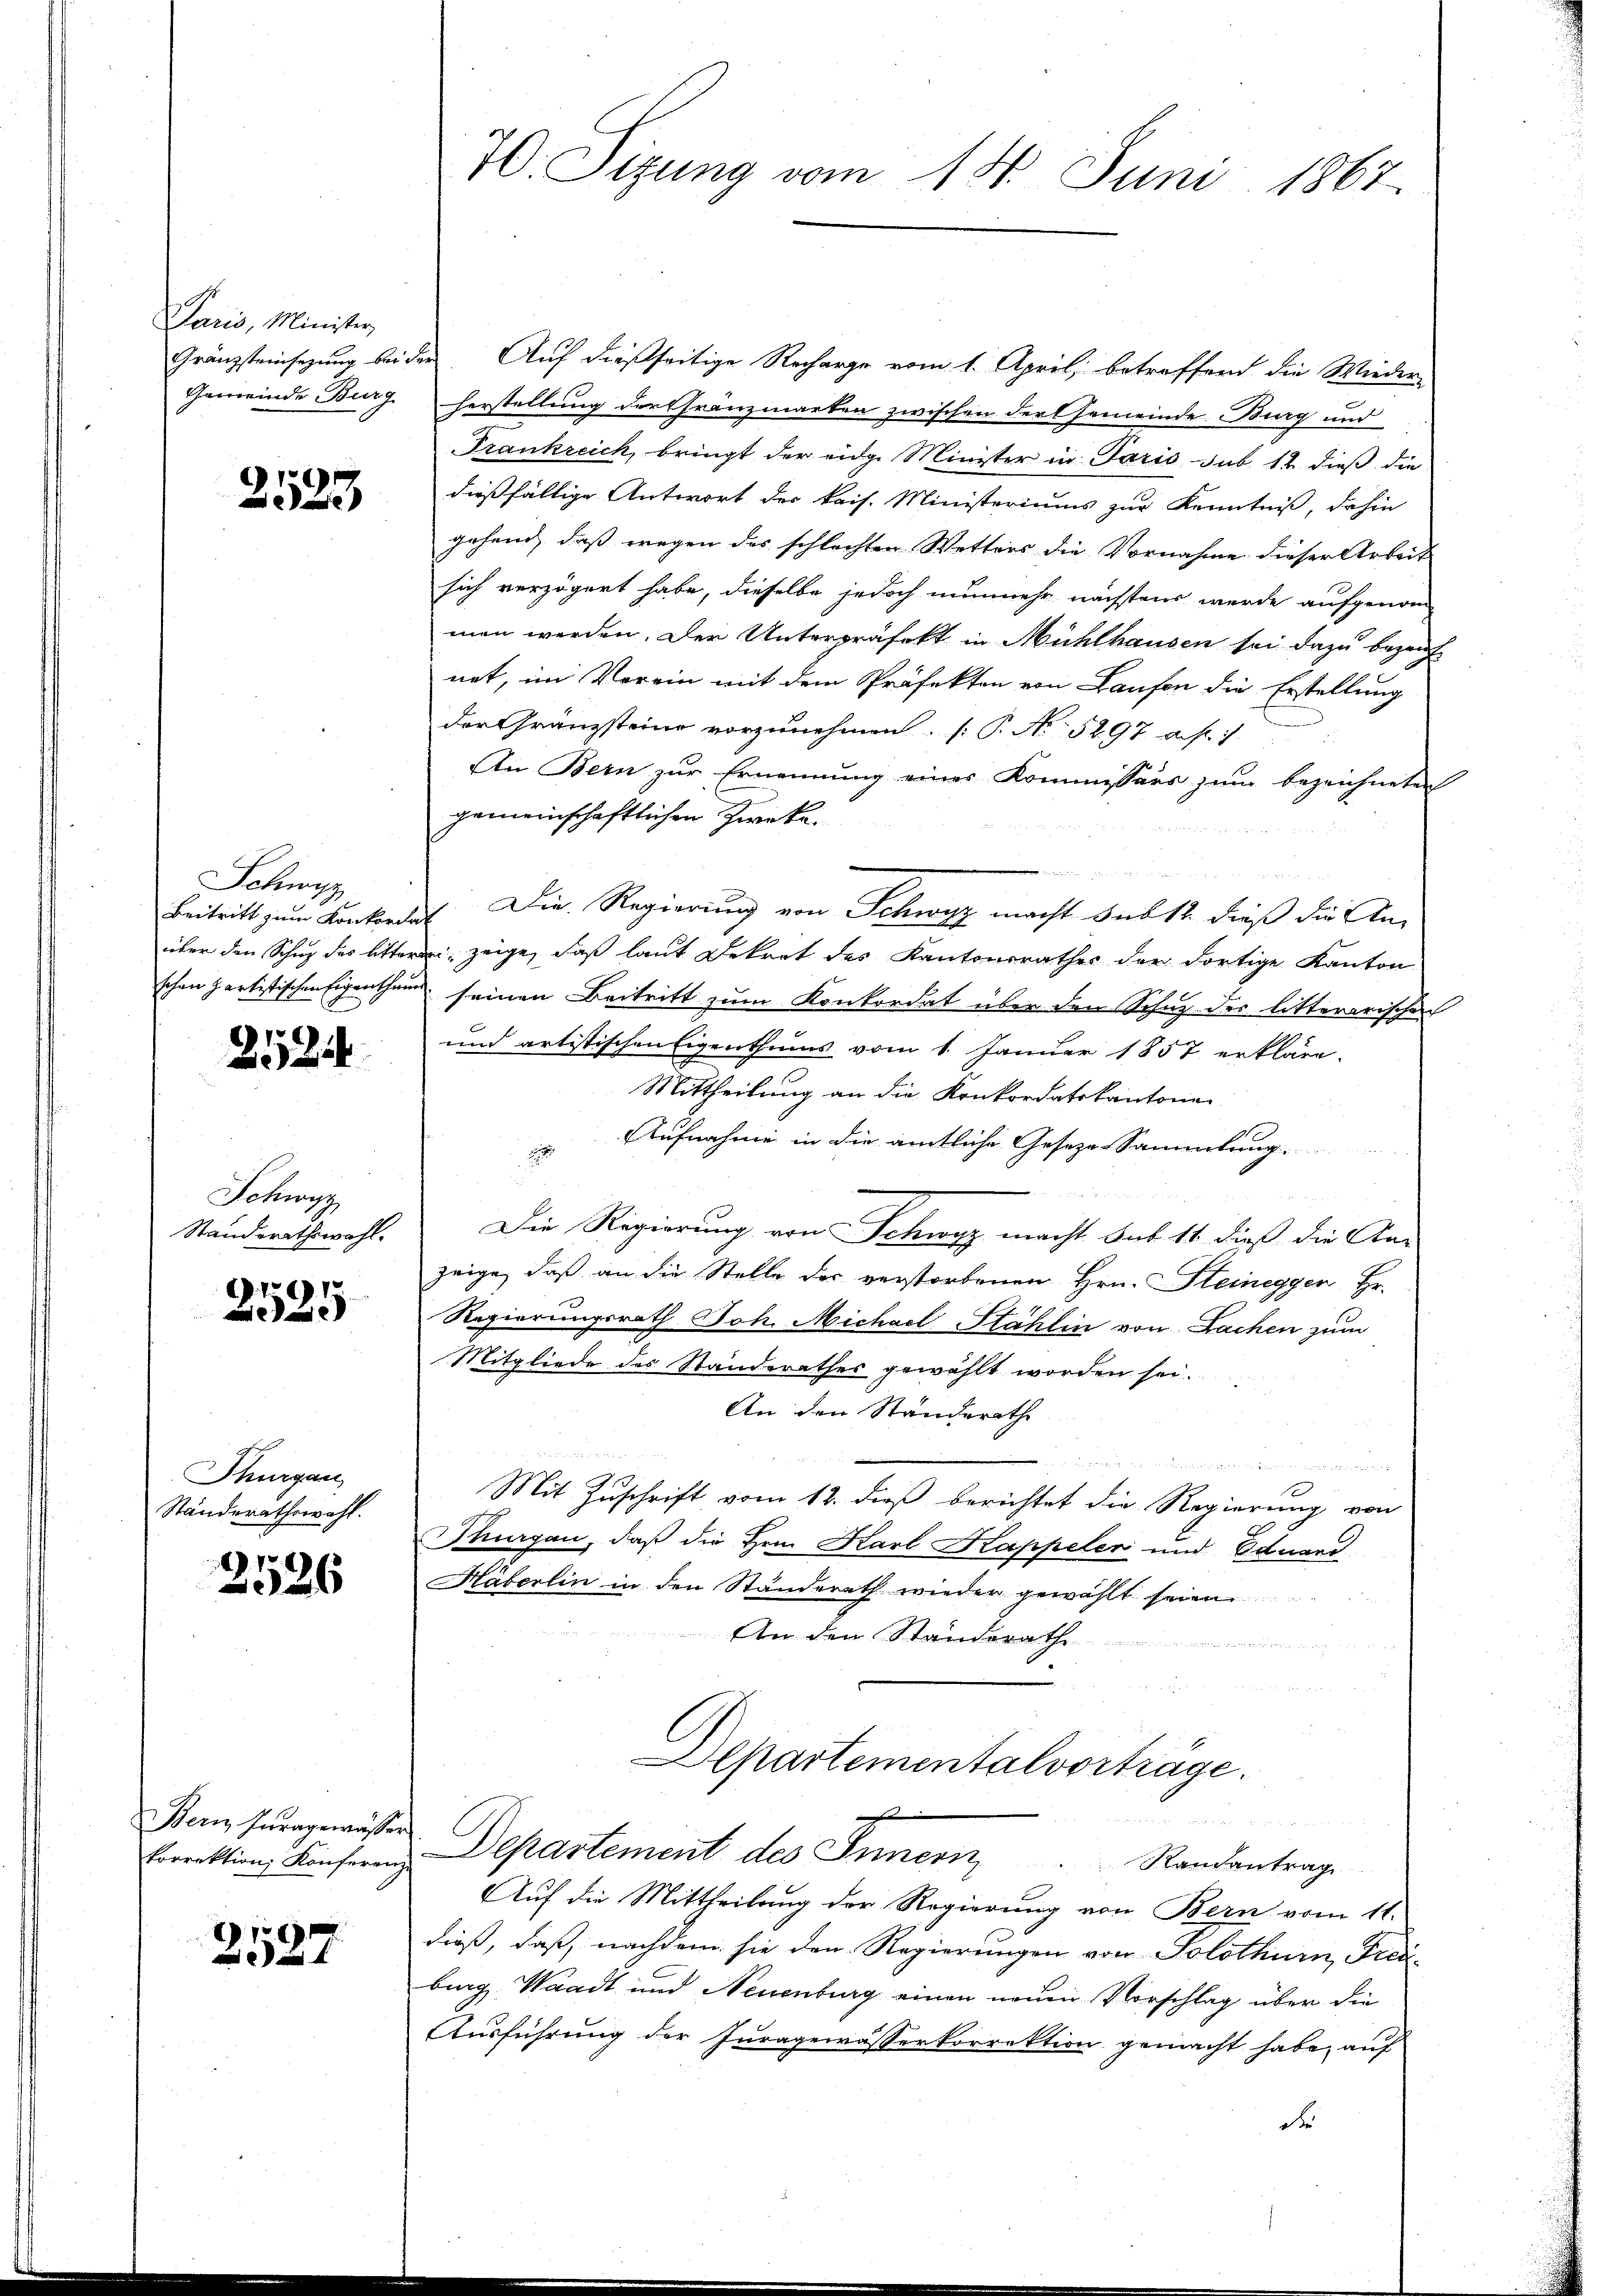
Paris, Minister,

2523

Schwyz

2524

Schwarz
Standsrathswahl.

2525

Thurgau
Ständerathswahl.

2526

Bern Curagewässer

2527

70. Sitzung vom 14. Juni 1867.

Gränzsteinsezung bei der Auf dießseitige Recharge vom 1. April, betreffend die Wieder-
Gemeinde Burg. Herstellung der franzmarken zwischen der Gemeinde Burg und
Frankreich bringt der eidge Minister in Paris sub 12 dieß die
dießfällige Antwort der kais. Ministeriums zur Kenntniß, dahin
gehend, daß wegen des schlechten Wetters die Vornahme dieser Arbeit
sich verzögert habe, dieselbe jedoch nunmehr nächstens werde aufgenom-
men werden. Der Unterpräfekt in Mühlhausen sei dazu bezauf
net, im Verein mit dem Präfekten von Laufen die Erstellung
der Gränzsteine vorzunehmen. (T. No 5297 a. f. 1.
An Bern zur Ernennung eines Kommissärs zŭm bezeichneten
gemeinschaftlichen Zwecke.
u
Beitritt zŭm Konkordes Die Regierung von Schwyz macht sub 12. dieß die An-
über den Schuz des litteren, zeige, daß laut Dekret des Kantonsrathes der dortige Kanton
schon partistischen Eigenthum seinen Beitritt zum Konkordat über den Schuz der litterarischen
und artistischen Eigenthums vom 1. Januar 1857 erkläre.
Mittheilung an die Konkordatskantone
Aufnahme in die amtliche Gesezes-Sammlung
Die Regierung von Schwyz macht sub. 11. dieß die An-
zeige, daß an die Stelle der verstorbenen Hrn. Steinegger Hr.
Regierungsrath Joh. Michael Stählin von Sachen zum
Mitgliede des Standerathes gewählt worden sei.
An den Ständerathe
Mit Zuschrift vom 12. dieß berichtet die Regierung von
Thurgau, daß die Hrn. Karl Kappelen und Eduard
Häberlin in den Ständerath wieder gewählt seien.
An den Standerath
dee des der
Departementalvorträge.
g
e
Forrektion Konferen Departement des Innern
Randantrag
Auf die Mittheilung der Regierung von Bern vom 11.
dieß, daß, nachdem sie den Regierungen von Solothurn, Freu
burg, Waadt und Neuenburg einen neuen Vorschlag über die
Ausführung der Juragewässerkorrektion gemacht habe, auf
de